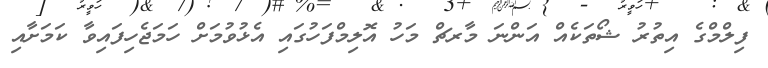
ފިލްމްގެ އިތުރު ޝޯތަކެއް އަންނަ މާރޗް މަހު އޮލިމްފަހުގައި އެޅުވުމަށް ހަމަޖެހިފައިވާ ކަމަށާއި